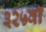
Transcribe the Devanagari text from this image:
३२५वॉ